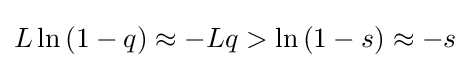
L\ln {(1-q)}\approx -Lq>\ln {(1-s)}\approx -s